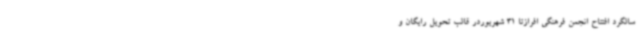
سالگرد افتتاح انجمن فرهنگی افرازتا 31 شهریوردر قالب تحویل رایگان و